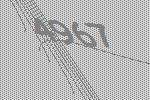
4967